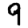
Digit: 9